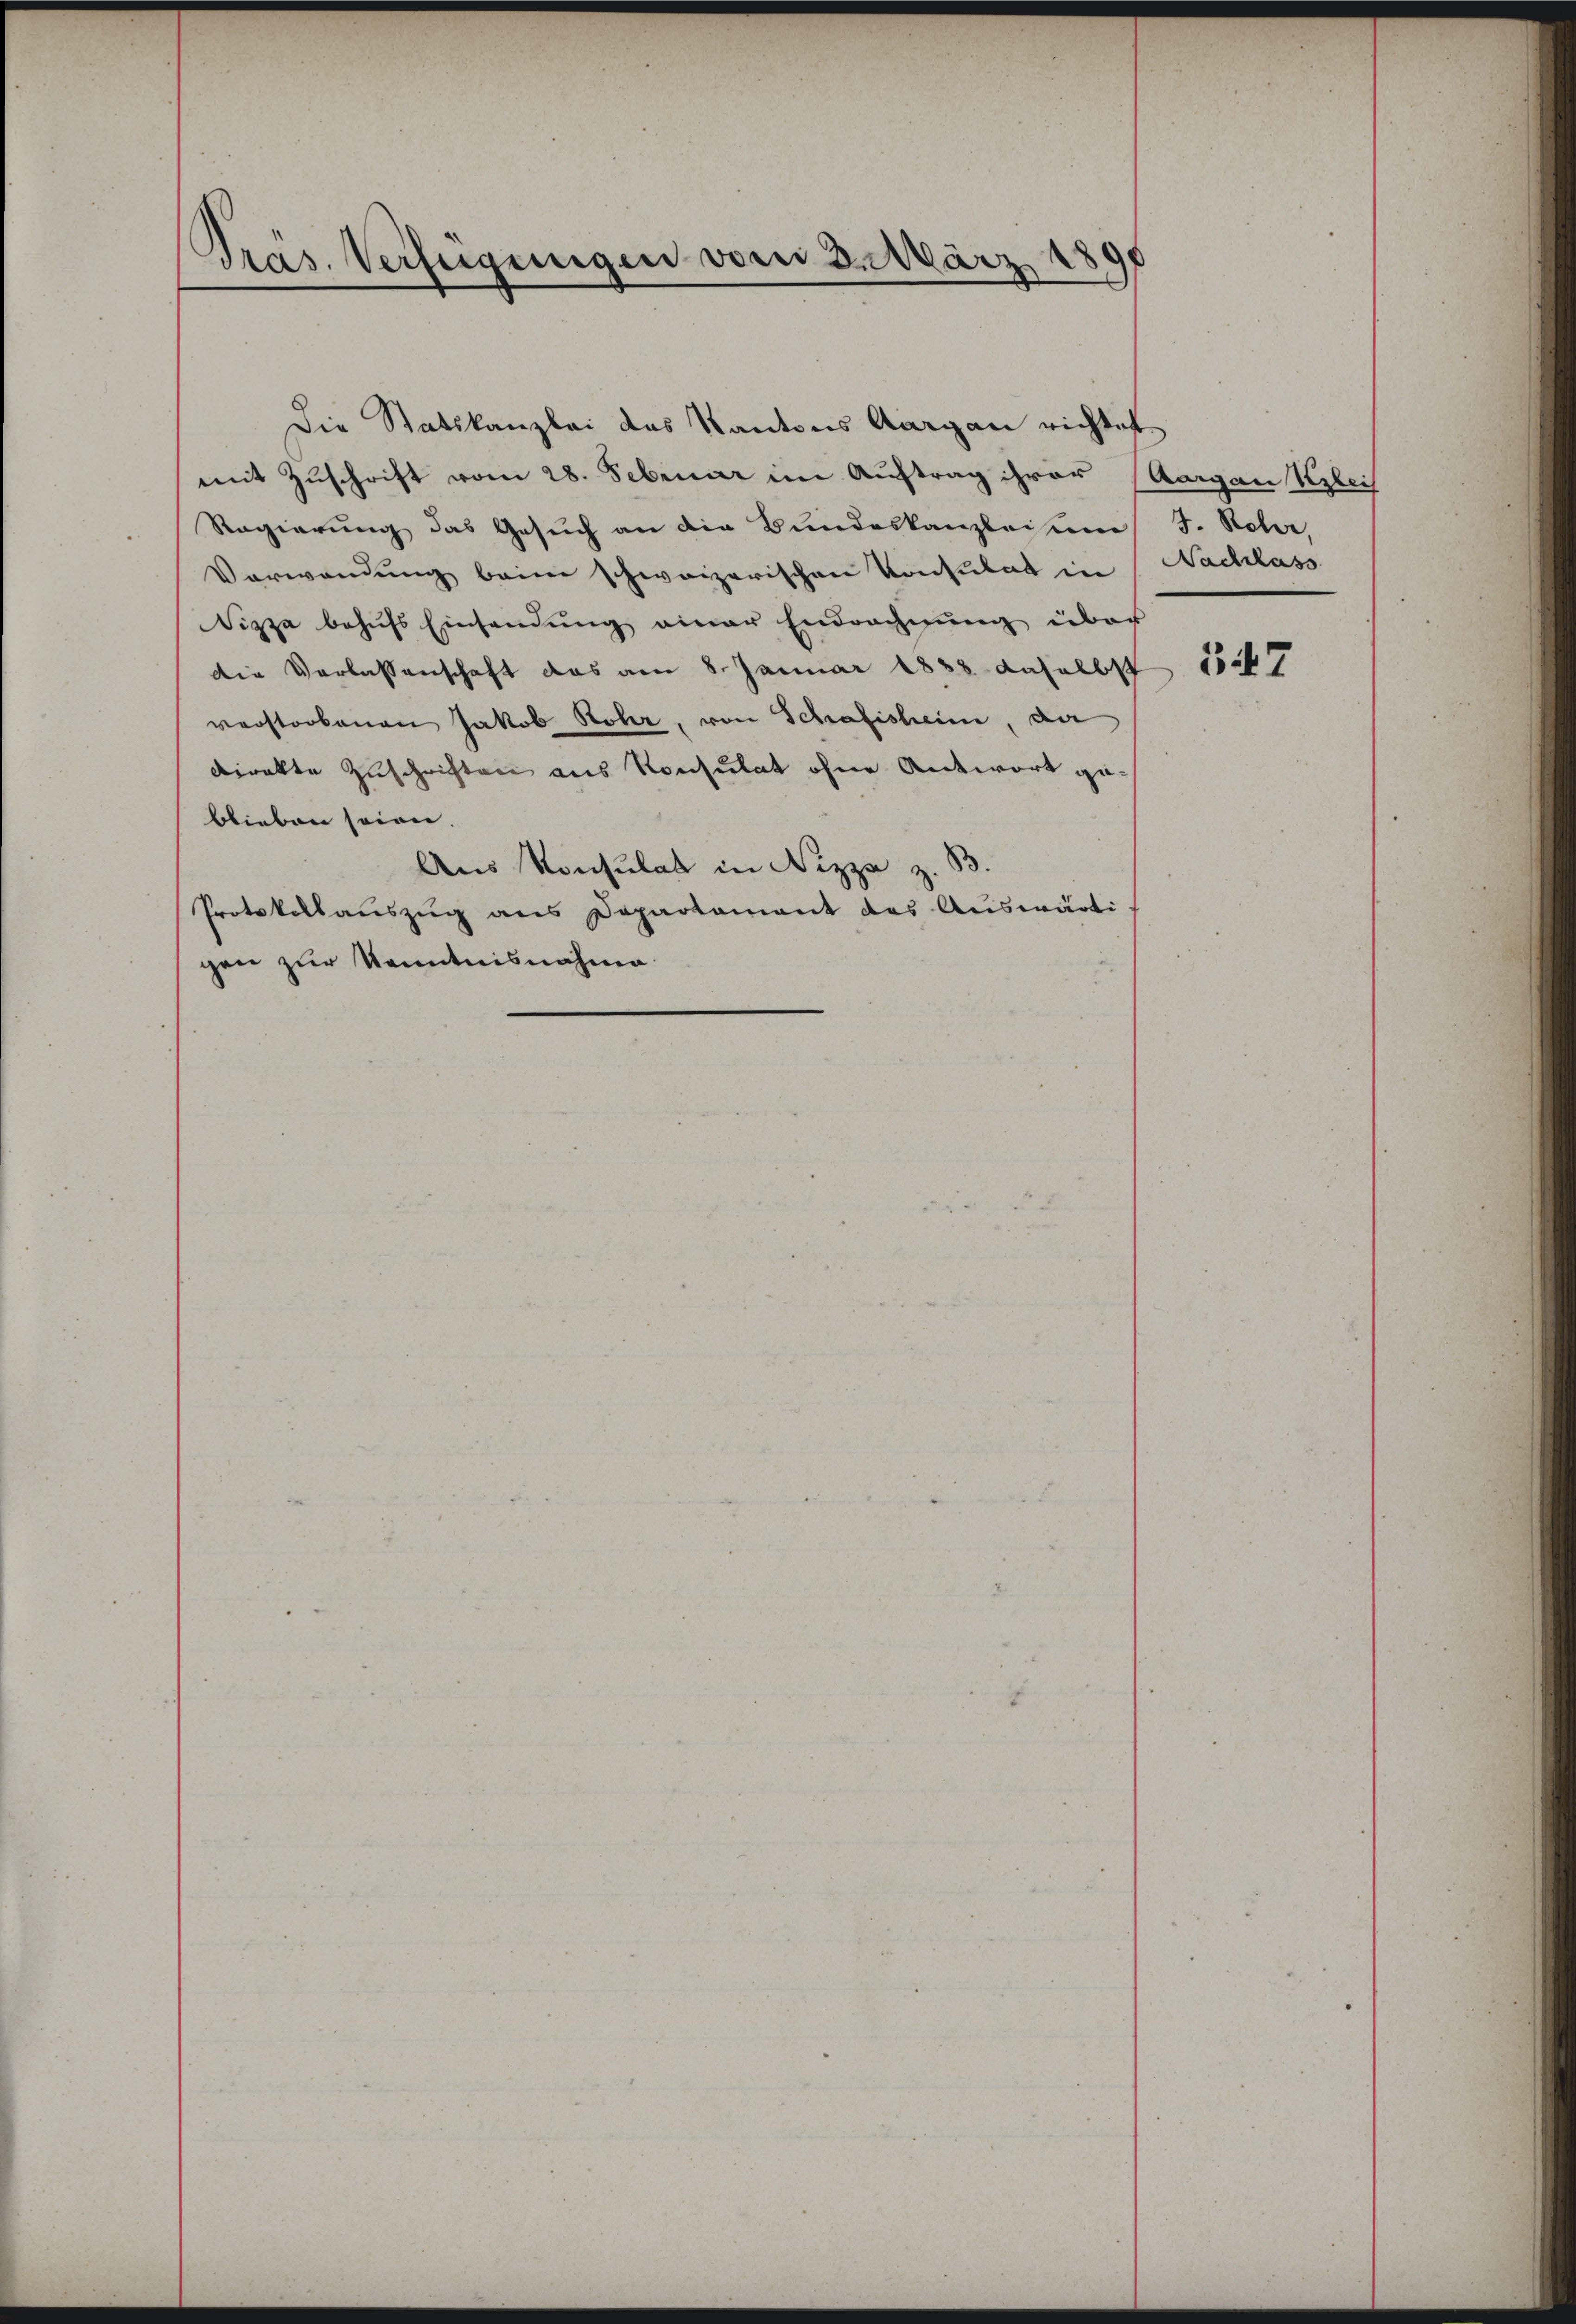
Präs. Verfügungen vom 3. März 18

mit Zuschrift vom 28. Februar im Auftrag ihrer Aargau Klei
Regierung das Gesuch an die Bundeskanzlei um
Verwendung beim schweizerischen Konsulat in
Sizza behufs Einsendung einer Endrechnung über
die Verlassenschaft das am 8. Januar 1858 daselbst
verstorbenen Jakob Rohr, von Schafisheim, da
direkte Zuschriften aus Konsulat ohne Antwort geblieben seien.
Aus Konsulat in Nizza z.
Protokollaŭszŭg ans Departament des Aŭswärtigen zur Kenntnisnahme.

Die Statskanzlei das Kantons Aargau richtet

J. Rober,
Nachlass

347